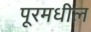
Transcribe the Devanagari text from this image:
पूरमधील